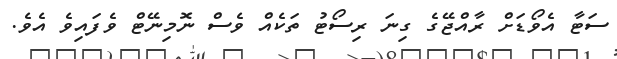
ސަޓާ އެވޯޑަށް ރާއްޖޭގެ ގިނަ ރިސޯޓު ތަކެއް ވެސް ނޮމިނޭޓް ވެފައިވެ އެވެ.